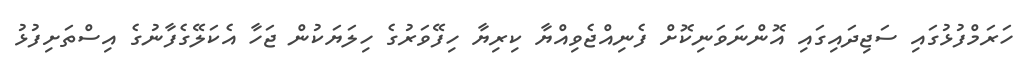
ހަރަމްފުޅުގައި ސަޖިދައިގައި އޮންނަވަނިކޮށް ފެނިއްޖެވިއްޔާ ކިރިޔާ ހިފޭވަރުގެ ހިލަޔަކުން ޖަހާ އެކަލޭގެފާނުގެ އިސްތަށިފުޅު